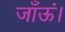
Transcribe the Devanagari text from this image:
जाँऊं।